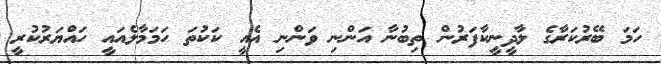
ހަމަ ބޭރުކަރާގެ ލާދީނީކާފަރުން ތިބުނާ އަންނި ވަންނި އެއީ ކަކުތަ ހަމަމާލެއައީ ހައްޔަރުކުރީ